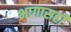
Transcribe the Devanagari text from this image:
भागासही